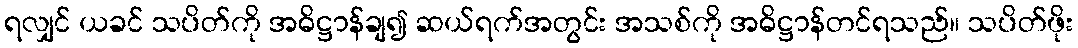
ရလျှင် ယခင် သပိတ်ကို အဓိဋ္ဌာန်ချ၍ ဆယ်ရက်အတွင်း အသစ်ကို အဓိဋ္ဌာန်တင်ရသည်။ သပိတ်ဖိုး